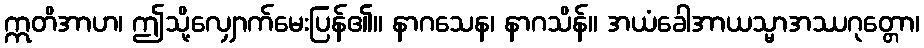
ဣတိအာဟ၊ ဤသို့လျှောက်မေးပြန်၏။ နာဂသေန၊ နာဂသိန်။ အယံခေါအာယသ္မာအဿဂုတ္တော၊